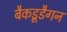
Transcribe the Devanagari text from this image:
बैकडूडैगन